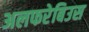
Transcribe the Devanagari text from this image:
अलफरेबिउस